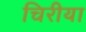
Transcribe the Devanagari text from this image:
चिरीया